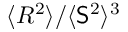
\ensuremath { \langle R ^ { 2 } \rangle } / \ensuremath { \langle \mathsf { S } ^ { 2 } \rangle } ^ { 3 }